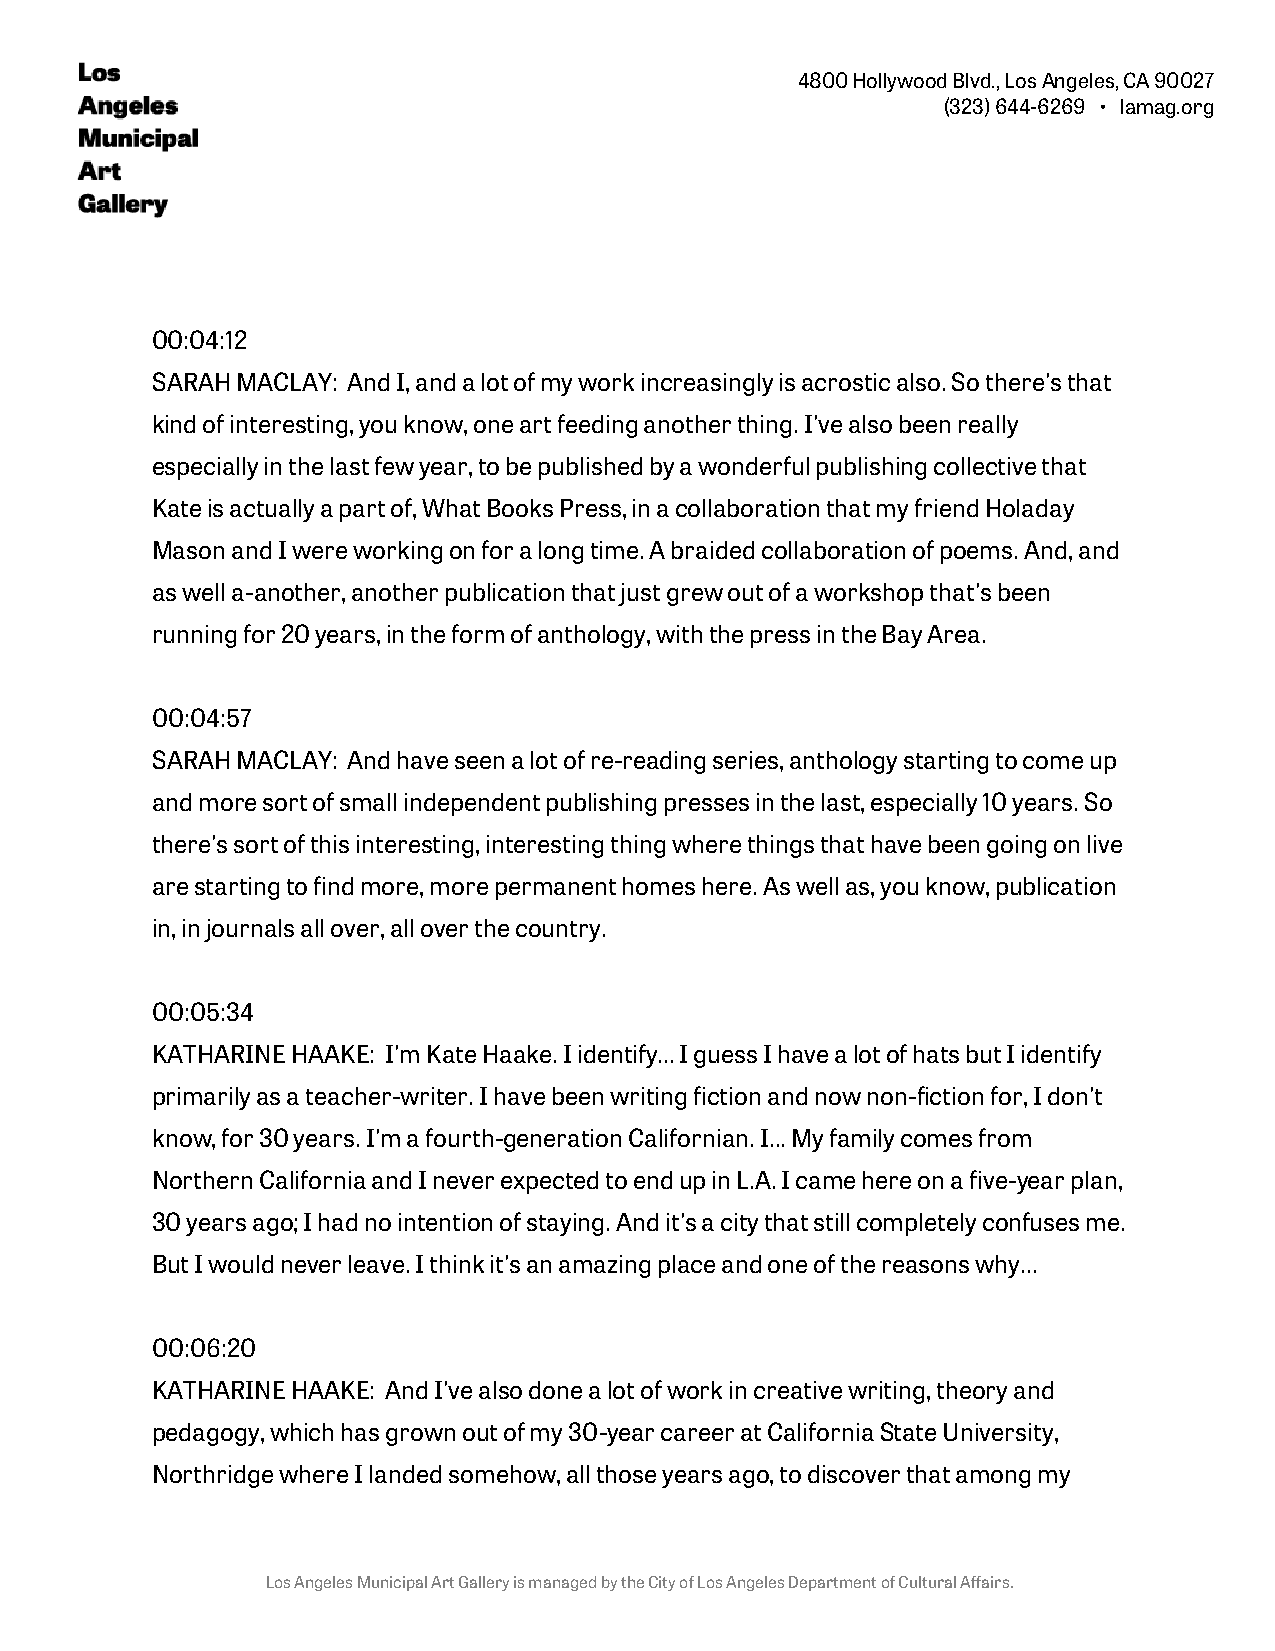
4800 Hollywood Blvd., Los Angeles, CA 90027
 (323) 644-6269 • lamag.org
 00:04:12
 SARAH MACLAY: And I, and a lot of my work increasingly is acrostic also. So there's that
 kind of interesting, you know, one art feeding another thing. I've also been really
 especially in the last few year, to be published by a wonderful publishing collective that
 Kate is actually a part of, What Books Press, in a collaboration that my friend Holaday
 Mason and I were working on for a long time. A braided collaboration of poems. And, and
 as well a-another, another publication that just grew out of a workshop that's been
 running for 20 years, in the form of anthology, with the press in the Bay Area.
 00:04:57
 SARAH MACLAY: And have seen a lot of re-reading series, anthology starting to come up
 and more sort of small independent publishing presses in the last, especially 10 years. So
 there's sort of this interesting, interesting thing where things that have been going on live
 are starting to find more, more permanent homes here. As well as, you know, publication
 in, in journals all over, all over the country.
 00:05:34
 KATHARINE HAAKE: I'm Kate Haake. I identify... I guess I have a lot of hats but I identify
 primarily as a teacher-writer. I have been writing fiction and now non-fiction for, I don't
 know, for 30 years. I'm a fourth-generation Californian. I... My family comes from
 Northern California and I never expected to end up in L.A. I came here on a five-year plan,
 30 years ago; I had no intention of staying. And it's a city that still completely confuses me.
 But I would never leave. I think it's an amazing place and one of the reasons why...
 00:06:20
 KATHARINE HAAKE: And I've also done a lot of work in creative writing, theory and
 pedagogy, which has grown out of my 30-year career at California State University,
 Northridge where I landed somehow, all those years ago, to discover that among my
 Los Angeles Municipal Art Gallery is managed by the City of Los Angeles Department of Cultural Affairs.